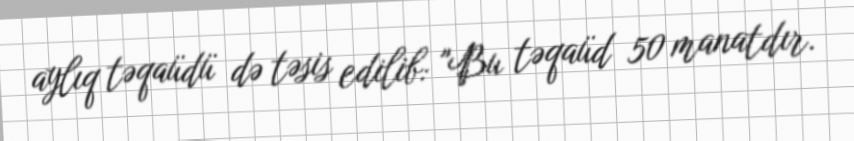
aylıq təqaüdü də təsis edilib: "Bu təqaüd 50 manatdır.